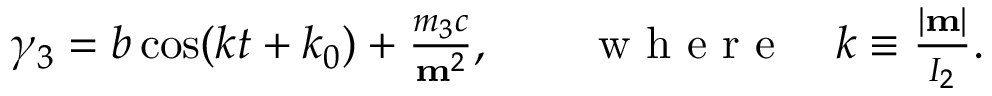
\begin{array} { r } { \gamma _ { 3 } = b \cos ( k t + k _ { 0 } ) + \frac { m _ { 3 } c } { { \bf m } ^ { 2 } } , \qquad \mathrm { ~ w ~ h ~ e ~ r ~ e ~ } \quad k \equiv \frac { | { \bf m } | } { I _ { 2 } } . } \end{array}